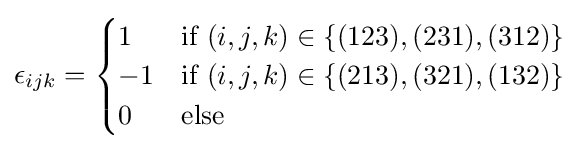
\epsilon _{ijk}={\begin{cases}1&{\text{if }}(i,j,k)\in \{(123),(231),(312)\}\\-1&{\text{if }}(i,j,k)\in \{(213),(321),(132)\}\\0&{\text{else}}\end{cases}}